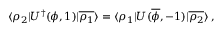
\langle \rho _ { 2 } | U ^ { \dagger } ( \phi , 1 ) | \overline { { { \rho _ { 1 } } } } \rangle = \langle \rho _ { 1 } | U ( \overline { { \phi } } , - 1 ) | \overline { { { \rho _ { 2 } } } } \rangle \, ,